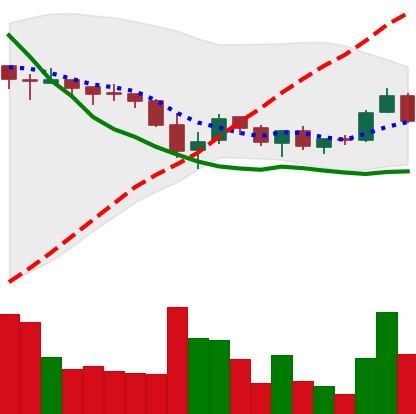
Ticker: TRX-USD
Chart end date: 2018-05-22
Forward return: -5.65%
Label: down_5_7